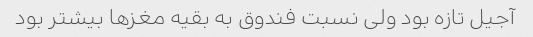
آجیل تازه بود ولی نسبت فندوق به بقیه مغزها بیشتر بود